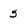
Character: 5